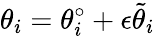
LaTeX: \theta_{i}=\theta_{i}^{\circ}+\epsilon\tilde{\theta}_{i}